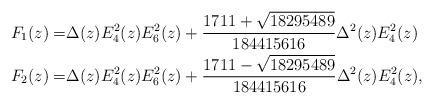
LaTeX: \begin{align*}F_1(z)=&\Delta(z) E_4^2(z) E_6^2(z)+\frac{1711+\sqrt{18295489}}{184415616}\Delta^2(z)E_4^2(z)\\F_2(z)=&\Delta(z) E_4^2(z) E_6^2(z)+\frac{1711-\sqrt{18295489}}{184415616}\Delta^2(z)E_4^2(z),\end{align*}